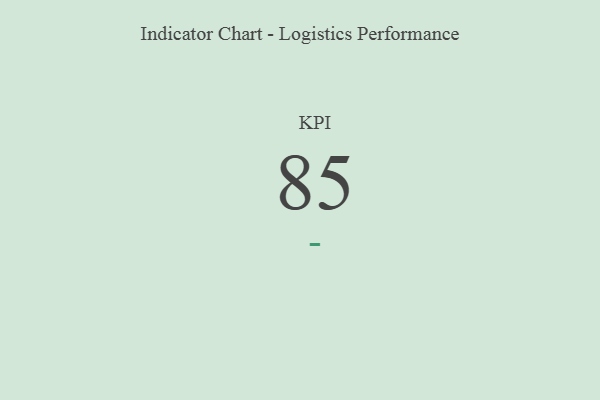
{"axis": {"x": "KPI", "y": "Value"}, "legend": [""], "data": [{"x": "KPI", "y": 85, "type": ""}]}